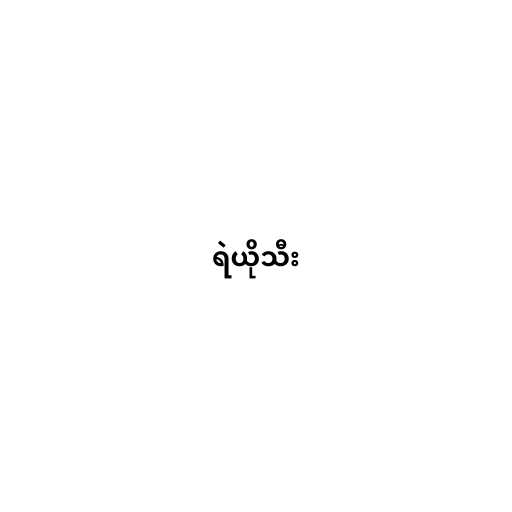
ရဲယိုသီး